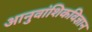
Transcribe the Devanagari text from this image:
आनुवांशिकविज्ञान